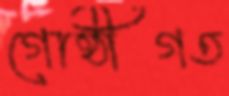
গোষ্ঠীগত